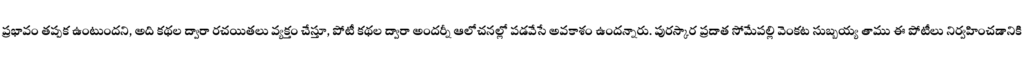
ప్రభావం తప్పక ఉంటుందని, అది కథల ద్వారా రచయితలు వ్యక్తం చేస్తూ, పోటీ కథల ద్వారా అందర్నీ ఆలోచనల్లో పడవేసే అవకాశం ఉందన్నారు. పురస్కార ప్రదాత సోమేపల్లి వెంకట సుబ్బయ్య తాము ఈ పోటీలు నిర్వహించడానికి